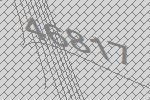
46817